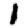
Digit: 1